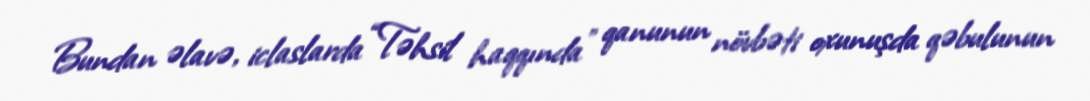
Bundan əlavə, iclaslarda “Təhsil haqqında” qanunun növbəti oxunuşda qəbulunun